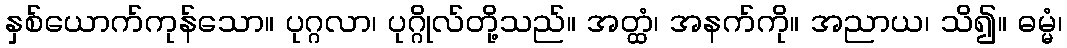
နှစ်ယောက်ကုန်သော။ ပုဂ္ဂလာ၊ ပုဂ္ဂိုလ်တို့သည်။ အတ္ထံ၊ အနက်ကို။ အညာယ၊ သိ၍။ ဓမ္မံ၊